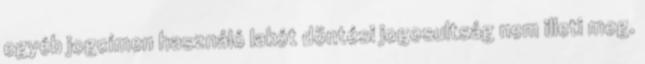
egyéb jogcímen használó lakót döntési jogosultság nem illeti meg.